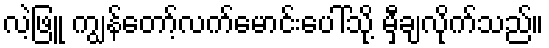
လဲ့ဖြူ ကျွန်တော့်လက်မောင်းပေါ်သို့ မှီချလိုက်သည်။